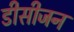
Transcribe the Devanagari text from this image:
डीसीजन